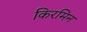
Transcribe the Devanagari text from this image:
किरमिन